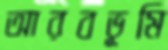
আরবভূমি